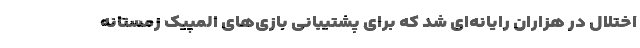
اختلال در هزاران رایانه‌ای شد که برای پشتیبانی بازی‌های المپیک زمستانه